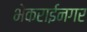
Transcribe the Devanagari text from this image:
भेकराईनगर